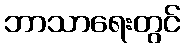
ဘာသာရေးတွင်